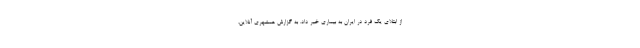
از ابتلای یک فرد در ایران به بیماری خبر داد. به گزارش همشهری آنلاین،